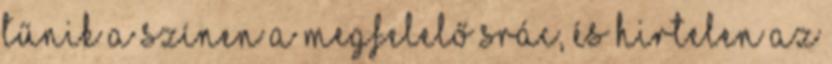
tűnik a színen a megfelelő srác, és hirtelen az